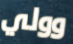
وولي